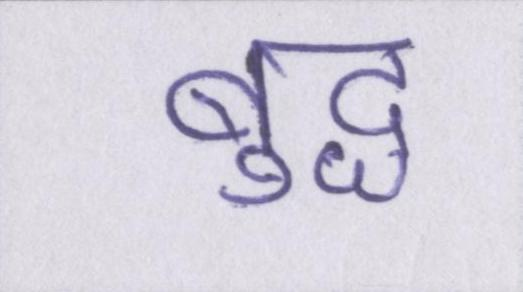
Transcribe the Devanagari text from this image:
बुद्ध